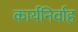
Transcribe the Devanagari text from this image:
कार्यनिर्वाह